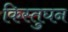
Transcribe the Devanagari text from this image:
किस्तुघन